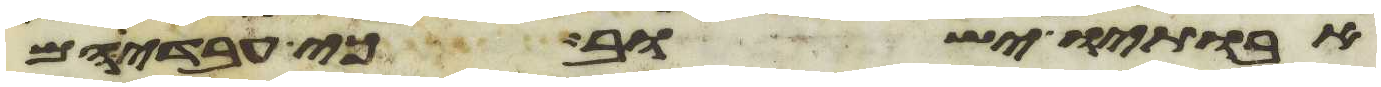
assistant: אבתיו ישוב כי עבדיהם